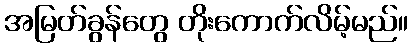
အမြတ်ခွန်တွေ တိုးကောက်လိမ့်မည်။